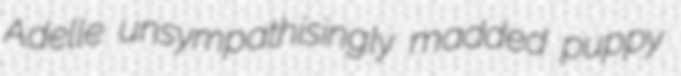
Adelle unsympathisingly madded puppy